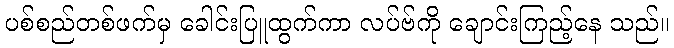
ပစ်စည်တစ်ဖက်မှ ခေါင်းပြူထွက်ကာ လပ်ဗ်ကို ချောင်းကြည့်နေ သည်။